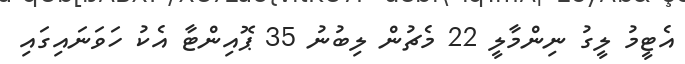
އެޓީމު ލީގު ނިންމާލީ 22 މެޗުން ލިބުނު 35 ޕޮއިންޓާ އެކު ހަވަނައިގައި